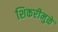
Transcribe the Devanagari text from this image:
शिकरीमुळे